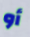
أو